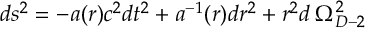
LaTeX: d s ^ { 2 } = - a ( r ) c ^ { 2 } d t ^ { 2 } + a ^ { - 1 } ( r ) d r ^ { 2 } + r ^ { 2 } d \: \Omega _ { D - 2 } ^ { 2 }